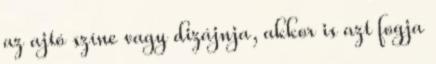
az ajtó színe vagy dizájnja, akkor is azt fogja